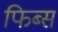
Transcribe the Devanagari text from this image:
फिब्स